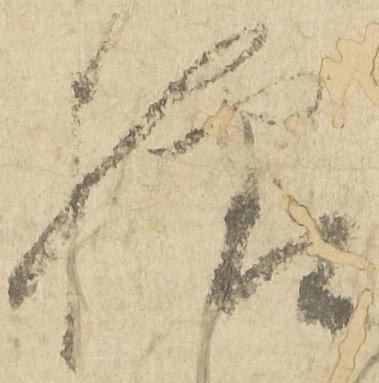
様